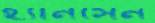
হ্যানসেন